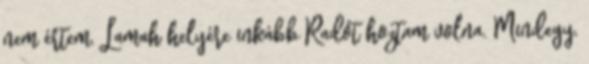
nem értem. Lamah helyére inkább Radót hoztam volna. Mindegy,